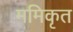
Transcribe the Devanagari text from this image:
ममिकृत